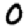
Digit: 0